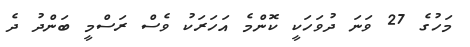
މަހުގެ 27 ވަނަ ދުވަހަކީ ކޮންމެ އަހަރަކު ވެސް ރަސްމީ ބަންދު ދެ